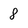
Character: 8